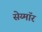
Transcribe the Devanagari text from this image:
सेय्मॉर